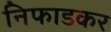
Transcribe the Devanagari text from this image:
निफाडकर